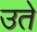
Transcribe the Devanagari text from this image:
उते